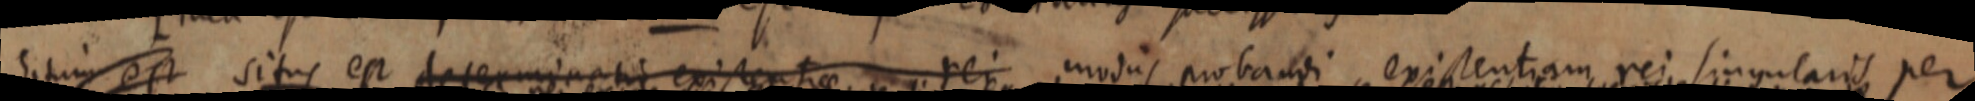
situm est situs est determinati existentiae rei modus probandi existentiam rei singularis per